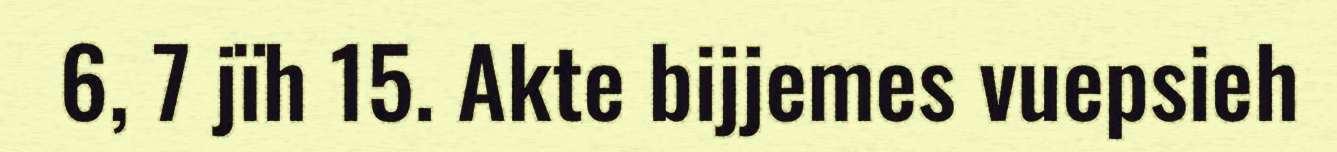
6, 7 jïh 15. Akte bijjemes vuepsieh